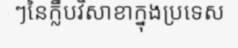
ៗនៃក្លឹបវិសាខាក្នុងប្រទេស